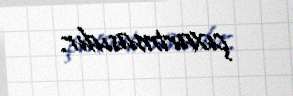
çıxartmasıdır.